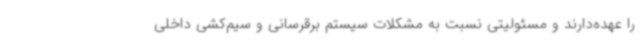
را عهده‌دارند و مسئولیتی نسبت به مشکلات سیستم برقرسانی و سیم‌کشی داخلی